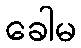
ခေါမ